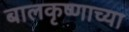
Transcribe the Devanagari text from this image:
बालकृष्णाच्या